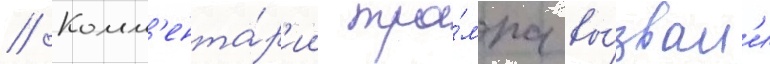
// Комм'ента́р'ии тра́мпа вы́звал'и